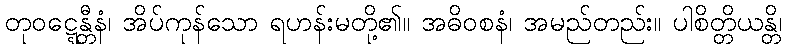
တုဝဋ္ဋေန္တီနံ၊ အိပ်ကုန်သော ရဟန်းမတို့၏။ အဓိဝစနံ၊ အမည်တည်း။ ပါစိတ္တိယန္တိ၊